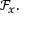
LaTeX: { \mathcal { F } } _ { x } .